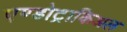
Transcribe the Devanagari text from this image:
एण्डोट्राकिअल